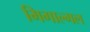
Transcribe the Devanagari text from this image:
मिगाल्गल